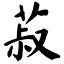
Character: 菽